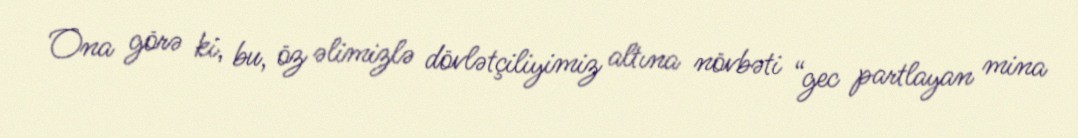
Ona görə ki, bu, öz əlimizlə dövlətçiliyimiz altına növbəti “gec partlayan mina